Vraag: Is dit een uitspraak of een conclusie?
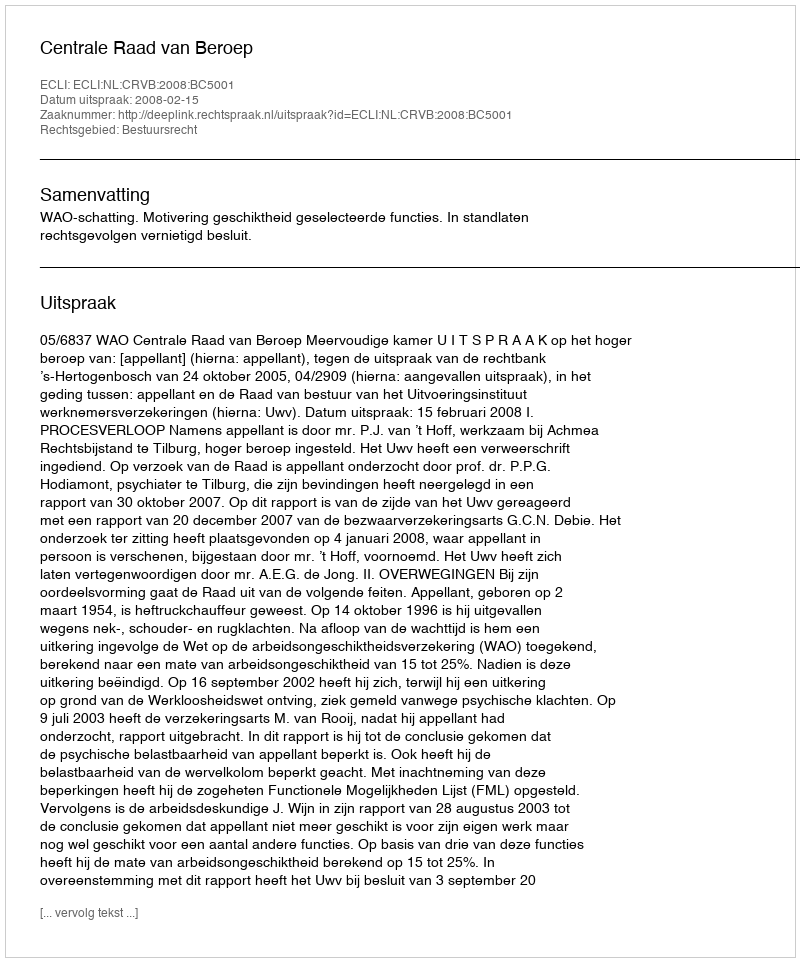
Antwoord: Uitspraak